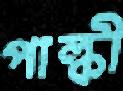
পাল্কী